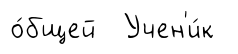
о́бщей Учен'и́к